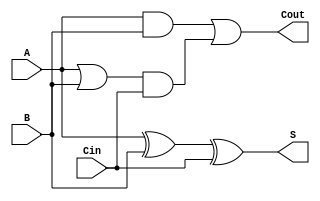
module CarryLookaheadFullAdder (
    input wire A,        // First input bit
    input wire B,        // Second input bit
    input wire Cin,      // Carry-in bit
    output wire S,       // Sum output
    output wire Cout     // Carry-out output
);

// Intermediate signals
wire G;  // Generate
wire P;  // Propagate

// Generate and Propagate logic
assign G = A & B;          // G = A AND B
assign P = A | B;          // P = A OR B

// Sum calculation
assign S = A ^ B ^ Cin;    // S = A XOR B XOR Cin

// Carry-out calculation
assign Cout = G | (P & Cin); // Cout = G OR (P AND Cin)

endmodule